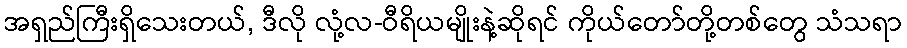
အရှည်ကြီးရှိသေးတယ်, ဒီလို လုံ့လ-ဝီရိယမျိုးနဲ့ဆိုရင် ကိုယ်တော်တို့တစ်တွေ သံသရာ